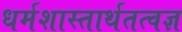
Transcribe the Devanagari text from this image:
धर्मशास्तार्थतत्वज्ञ